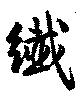
繊